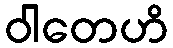
ဝါတေဟိ